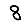
Digit: 8